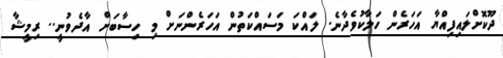
ދޫކޮށްލައިފިއްޔާ އަހަރެން ހަލާކުވެދާނެ. ލައްކަ މަސައްކަތުން އަހަރެންނަށް މި ހިސާބަށް އާދެވުނީ.. ރިމީޝާ